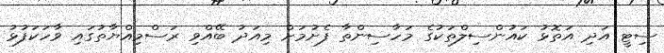
ސިޓީ އަދި އަތޮޅު ކައުންސިލްތަކުގެ މަހާސިންތާ ފެށުމަށް މިއަދު ބޭއްވި ރަސްމިއްޔާތުގައި ވާހަކަފުޅު